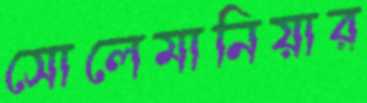
সোলেমানিয়ার